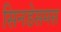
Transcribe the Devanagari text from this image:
सिनडेसमस